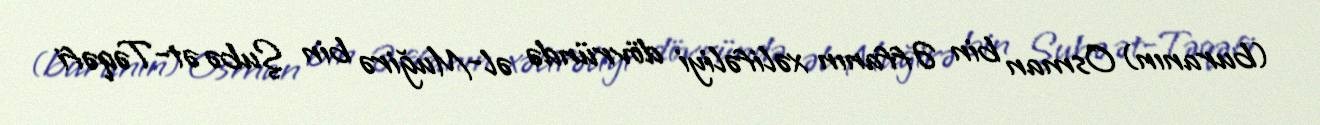
(buranın) Osman bin Əffanın xəlifəliyi dövründə əl-Muğirə bin Şubə ət-Təqəfi